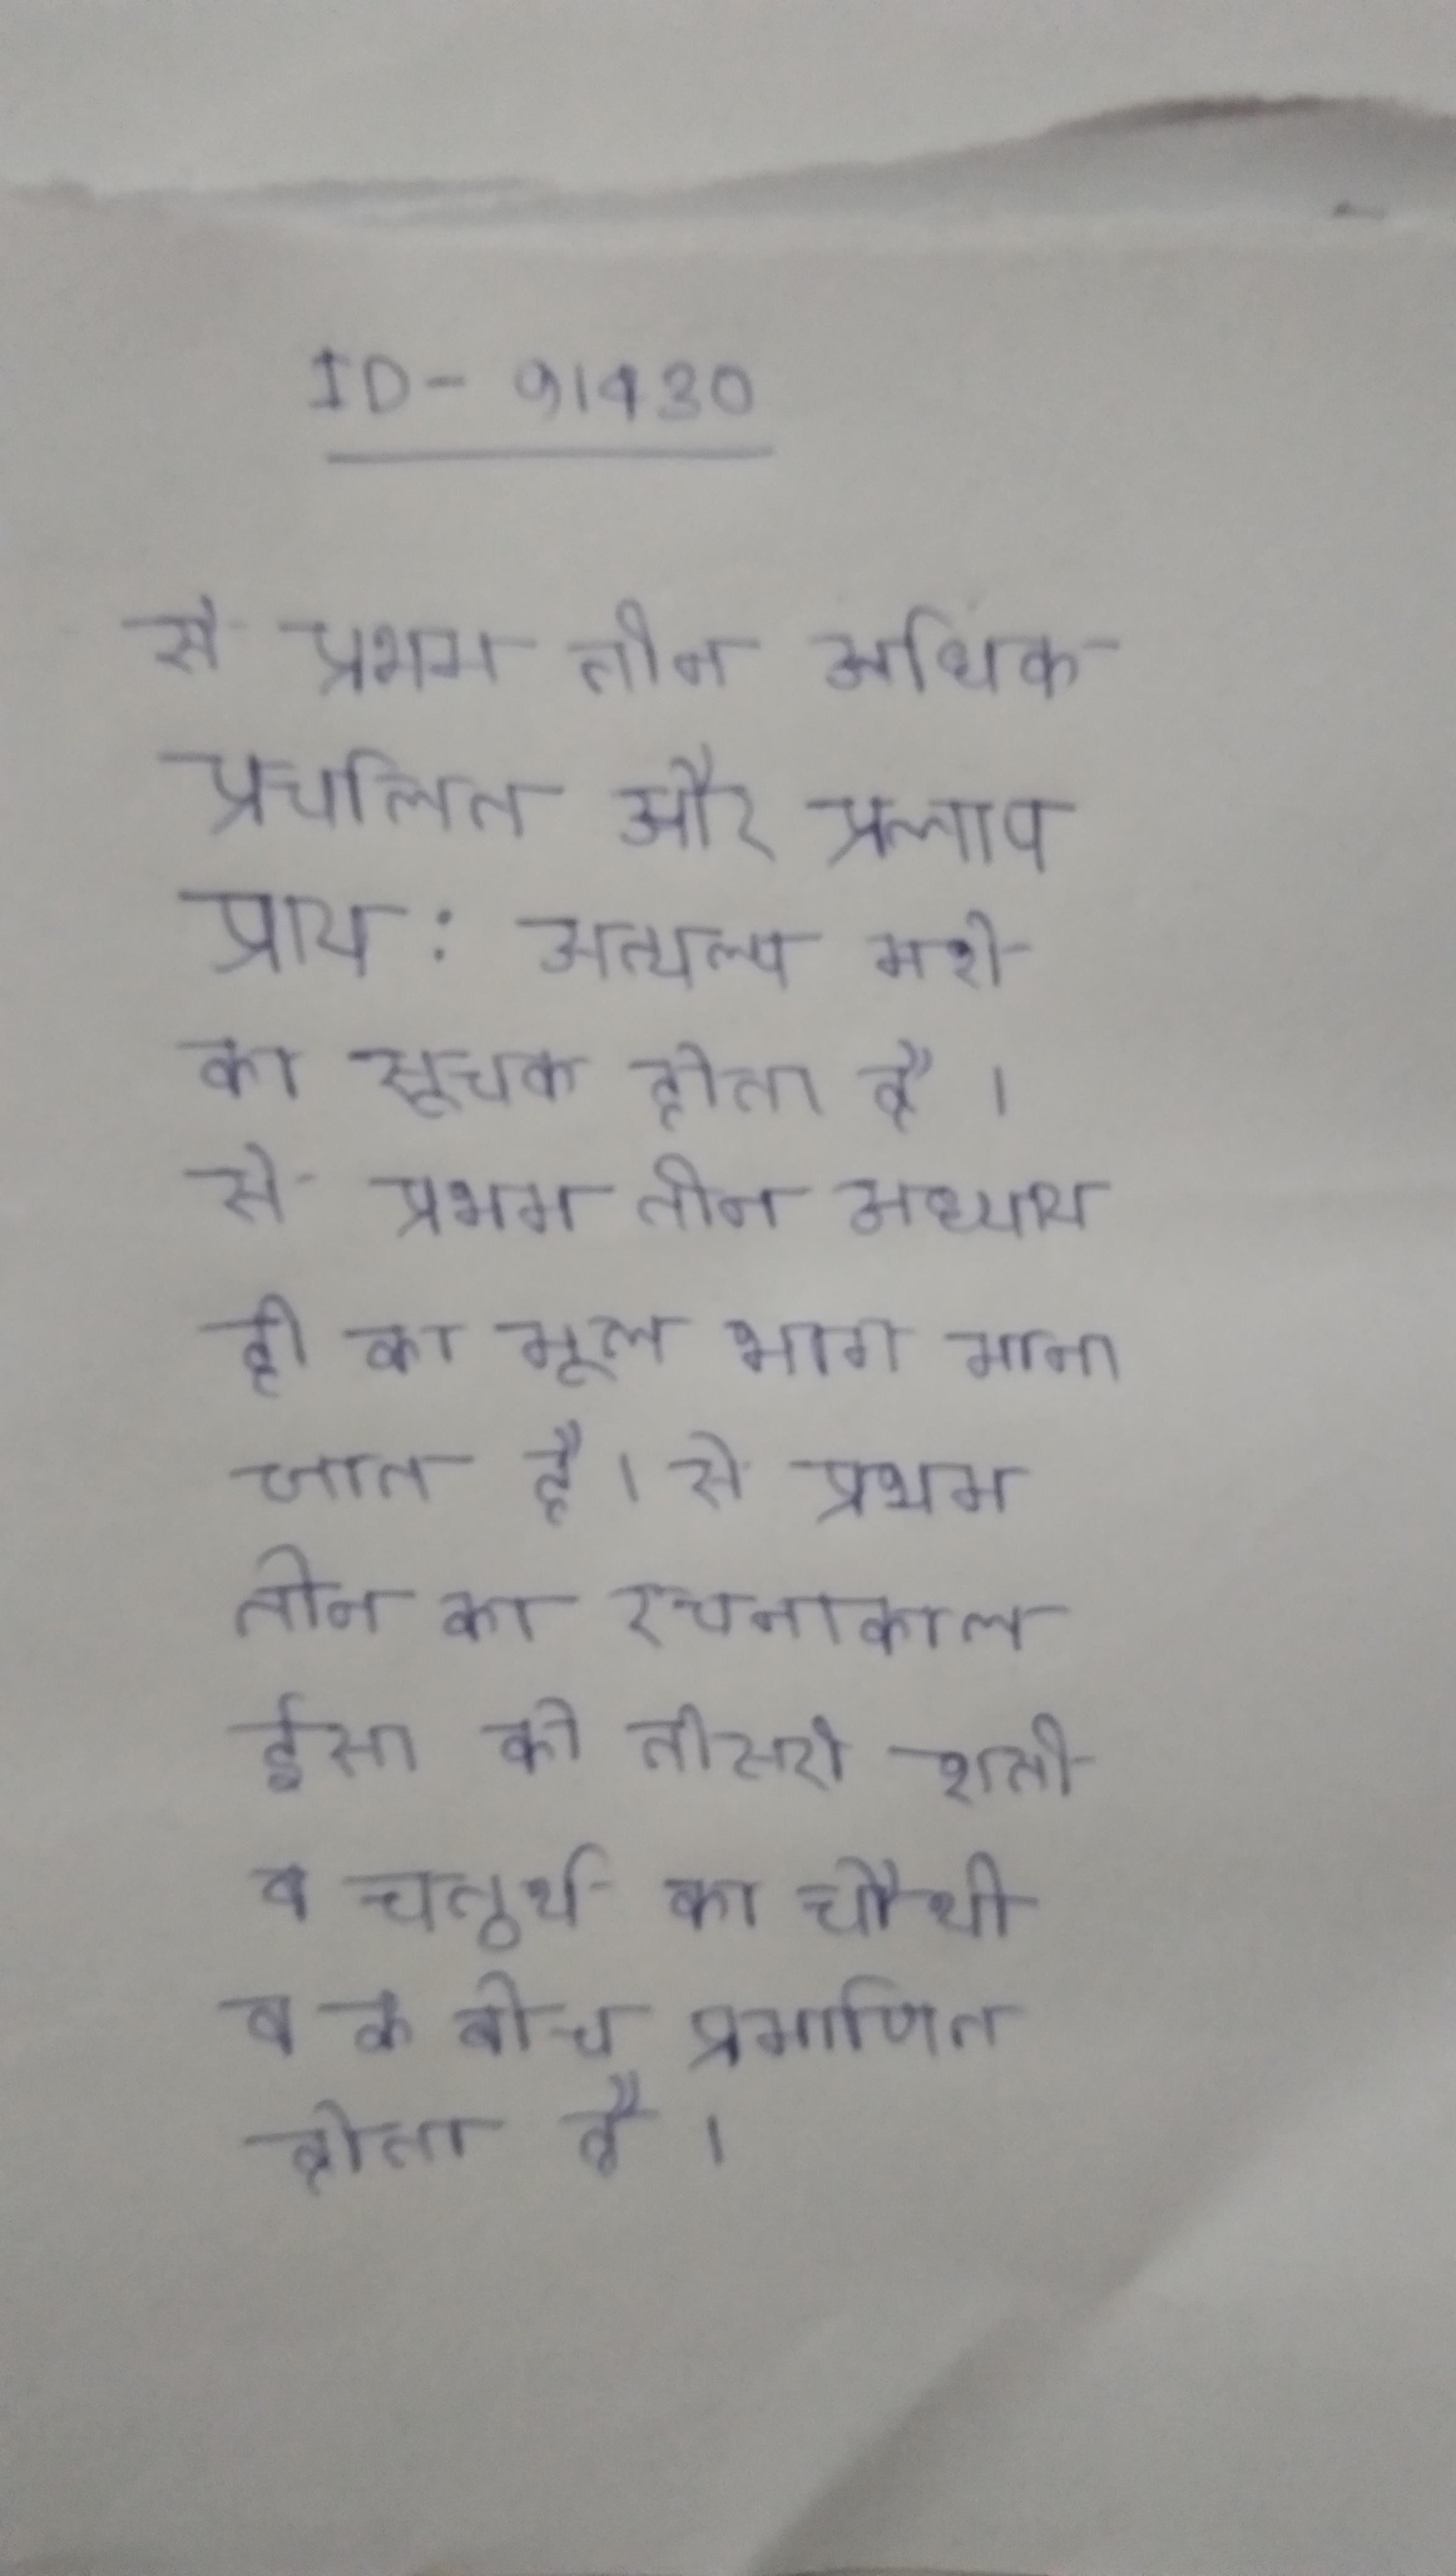
से प्रथम तीन अधिक प्रचलित और प्रलाप प्राय: अत्यल्प नशे का सूचक होता है । से प्रथम तीन अध्याय ही का मूल भाग माना जाता है । से प्रथम तीन का रचनाकाल ईसा की तीसरी शती व चतुर्थ का चौथी व के बीच प्रमाणित होता है ।